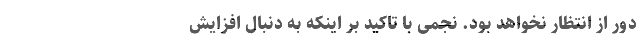
دور از انتظار نخواهد بود. نجمی با تاکید بر اینکه به دنبال افزایش